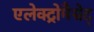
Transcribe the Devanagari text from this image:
एलेक्ट्रोमैग्नेट्